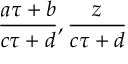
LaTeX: { \frac { a \tau + b } { c \tau + d } } , { \frac { z } { c \tau + d } }